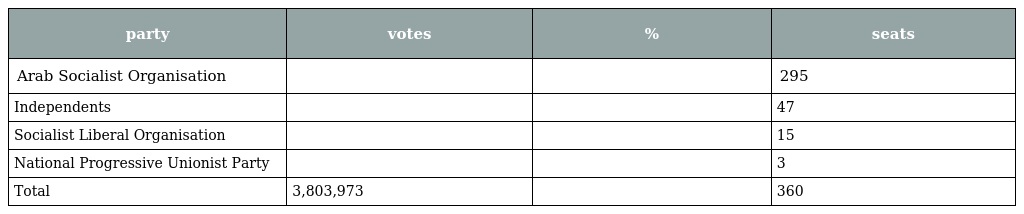
| party | votes | % | seats |
 | --- | --- | --- | --- |
 | Arab Socialist Organisation |  |  | 295 |
 | Independents |  |  | 47 |
 | Socialist Liberal Organisation |  |  | 15 |
 | National Progressive Unionist Party |  |  | 3 |
 | Total | 3,803,973 |  | 360 |